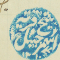
شيخ قرية اسمر جبيل